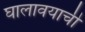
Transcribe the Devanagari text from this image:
घालावयाची